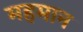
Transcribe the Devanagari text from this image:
महमान